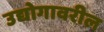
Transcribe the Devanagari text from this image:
उद्योगावरील